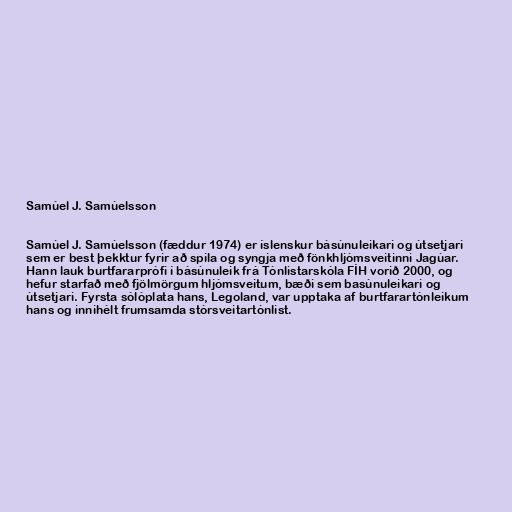
Samúel J. Samúelsson

Samúel J. Samúelsson (fæddur 1974) er íslenskur básúnuleikari og útsetjari
sem er best þekktur fyrir að spila og syngja með fönkhljómsveitinni Jagúar.
Hann lauk burtfararprófi í básúnuleik frá Tónlistarskóla FÍH vorið 2000, og
hefur starfað með fjölmörgum hljómsveitum, bæði sem basúnuleikari og
útsetjari. Fyrsta sólóplata hans, Legoland, var upptaka af burtfarartónleikum
hans og innihélt frumsamda stórsveitartónlist.